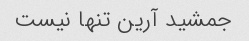
جمشید آرین تنها نیست